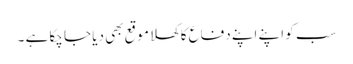
سب کو اپنے اپنے دفاع کاکھلا موقع بھی دیا جا چکا ہے ۔